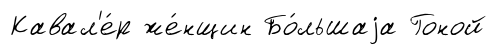
Кавал'е́р же́нщин Бо́льшаjа Гоной